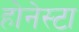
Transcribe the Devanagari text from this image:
होनेस्टा